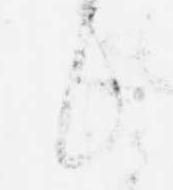
候